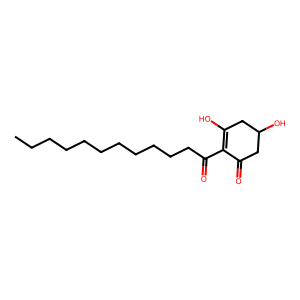
SMILES: CCCCCCCCCCCC(=O)C1=C(O)CC(O)CC1=O
Inhibits HIV replication: No